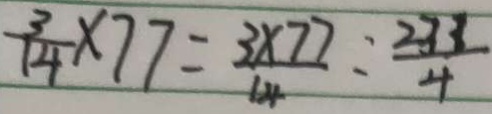
\frac { 3 } { 1 4 } \times 7 7 = \frac { 3 \times 7 7 } { 1 4 } : \frac { 2 3 3 } { 4 }